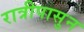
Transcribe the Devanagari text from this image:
रात्रीपासुन